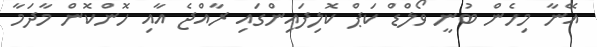
އޭނާ މިހެން ބުނީ ވޯލްޑް ކަޕް ކޮލިފައިންގައި ރާއްޖެ އާއި ހޮންކޮން މާދަމާ